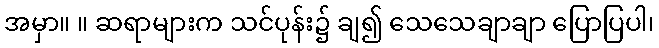
အမှာ။ ။ ဆရာများက သင်ပုန်း၌ ချ၍ သေသေချာချာ ပြောပြပါ၊